Report of the Indian Hemp Drugs Commission, 1894-1895 - Volume IV
Year: 1894
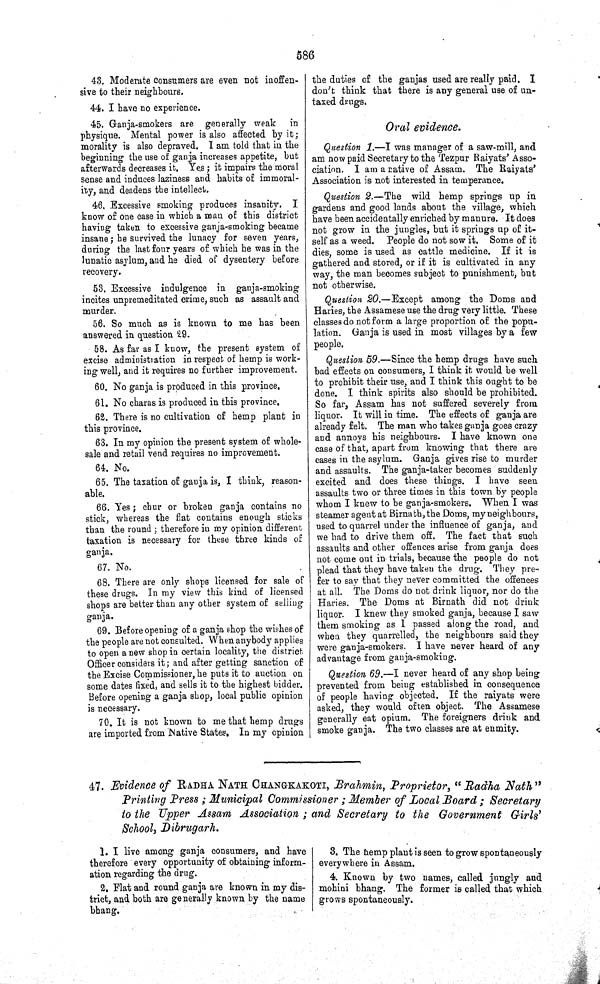
586
43. Moderate consumers are even not inoffen-
sive to their neighbours.
44. I have no experience.
45. Ganja-smokers are generally weak in
physique. Mental power is also affected by it;
morality is also depraved. I am told that in the
beginning the use of ganja increases appetite, but
afterwards decreases it. Yes; it impairs the moral
sense and induces laziness and habits of immoral-
ity, and deadens the intellect.
46. Excessive smoking produces insanity. I
know of one case in which a man of this district
having taken to excessive ganja-smoking became
insane; he survived the lunacy for seven years,
during the last four years of which he was in the
lunatic asylum, and he died of dysentery before
recovery.
53. Excessive indulgence in ganja-smoking
incites unpremeditated crime, such as assault and
murder.
56. So much as is known to me has been
answered in question 29.
58. As far as I know, the present system of
excise administration in respect of hemp is work-
ing well, and it requires no further improvement.
60. No ganja is produced in this province.
61. No charas is produced in this province.
62. There is no cultivation of hemp plant in
this province.
63. In my opinion the present system of whole-
sale and retail vend requires no improvement.
64. No.
65. The taxation of ganja is, I think, reason-
able.
66. Yes; chur or broken ganja contains no
stick, whereas the flat contains enough sticks
than the round; therefore in my opinion different
taxation is necessary for these three kinds of
ganja.
67. No.
68. There are only shops licensed for sale of
these drugs. In my view this kind of licensed
shops are better than any other system of selling
ganja.
69. Before opening of a ganja shop the wishes of
the people are not consulted. When anybody applies
to open a new shop in certain locality, the district
Officer considers it; and after getting sanction of
the Excise Commissioner, he puts it to auction on
some dates fixed, and sells it to the highest bidder.
Before opening a ganja shop, local public opinion
is necessary.
70. It is not known to me that hemp drugs
are imported from Native States. In my opinion
the duties of the ganjas used are really paid. I
don't think that there is any general use of un-
taxed drugs.
Oral evidence.
Question 1.—I was manager of a saw-mill, and
am now paid Secretary to the Tezpur Raiyats' Asso-
ciation. I am a native of Assam. The Raiyats'
Association is not interested in temperance.
Question 2.—The wild hemp springs up in
gardens and good lands about the village, which
have been accidentally enriched by manure. It does
not grow in the jungles, but it springs up of it-
self as a weed. People do not sow it. Some of it
dies, some is used as cattle medicine. If it is
gathered and stored, or if it is cultivated in any
way, the man becomes subject to punishment, but
not otherwise.
Question 20.—Except among the Doms and
Haries, the Assamese use the drug very little. These
classes do not form a large proportion of the popu-
lation. Ganja is used in most villages by a few
people.
Question 59.—Since the hemp drugs have such
bad effects on consumers, I think it would be well
to prohibit their use, and I think this ought to be
done. I think spirits also should be prohibited.
So far, Assam has not suffered severely from
liquor. It will in time. The effects of ganja are
already felt. The man who takes ganja goes crazy
and annoys his neighbours. I have known one
case of that, apart from knowing that there are
cases in the asylum. Ganja gives rise to murder
and assaults. The ganja-taker becomes suddenly
excited and does these things. I have seen
assaults two or three times in this town by people
whom I knew to be ganja-smokers. When I was
steamer agent at Birnath, the Doms, my neighbours,
used to quarrel under the influence of ganja, and
we had to drive them off. The fact that such
assaults and other offences arise from ganja does
not come out in trials, because the people do not
plead that they have taken the drug. They pre-
fer to say that they never committed the offences
at all. The Doms do not drink liquor, nor do the
Haries. The Doms at Birnath did not drink
liquor. I knew they smoked ganja, because I saw
them smoking as I passed along the road, and
when they quarrelled, the neighbours said they
were ganja-smokers. I have never heard of any
advantage from ganja-smoking.
Question 69.—I never heard of any shop being
prevented from being established in consequence
of people having objected. If the raiyats were
asked, they would often object. The Assamese
generally eat opium. The foreigners drink and
smoke ganja. The two classes are at enmity.
47. Evidence of RADHA NATH CHANGKAKOTI, Brahmin, Proprietor, "Radha Nath"
Printing Press; Municipal Commissioner; Member of Local Board; Secretary
to the Upper Assam Association; and Secretary to the Government Girls'
School, Dibrugarh.
1. I live among ganja consumers, and have
therefore every opportunity of obtaining inform-
ation regarding the drug.
2. Flat and round ganja are known in my dis-
trict, and both are generally known by the name
bhang.
3. The hemp plant is seen to grow spontaneously
everywhere in Assam.
4. Known by two names, called jungly and
mohini bhang. The former is called that which
grows spontaneously.